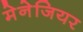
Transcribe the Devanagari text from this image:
मेनेजियर